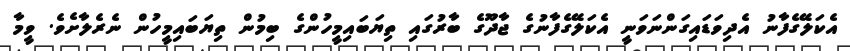
އެކަލޭގެފާނު އެދިވަޑައިގަންނަވަނީ އެކަލޭގެފާނުގެ ޖާދޫގެ ބާރުގައި ތިޔަބައިމީހުންގެ ބިމުން ތިޔަބައިމީހުން ނެރެލާށެވެ. ވީމާ